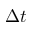
\Delta t